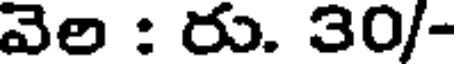
వెల : రు. 30/-